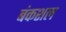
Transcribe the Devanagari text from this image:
बंकशल